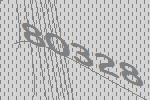
80328